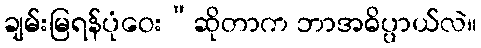
ချမ်းမြရန်ပုံဝေး”ဆိုတာက ဘာအဓိပ္ပာယ်လဲ။